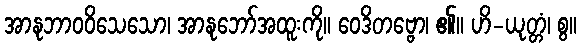
အာနုဘာဝဝိသေသော၊ အာနုဘော်အထူးကို။ ဝေဒိတဗ္ဗော၊ ၏။ ဟိ-ယုတ္တံ၊ စွ။